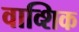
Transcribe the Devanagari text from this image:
वाव्शिक